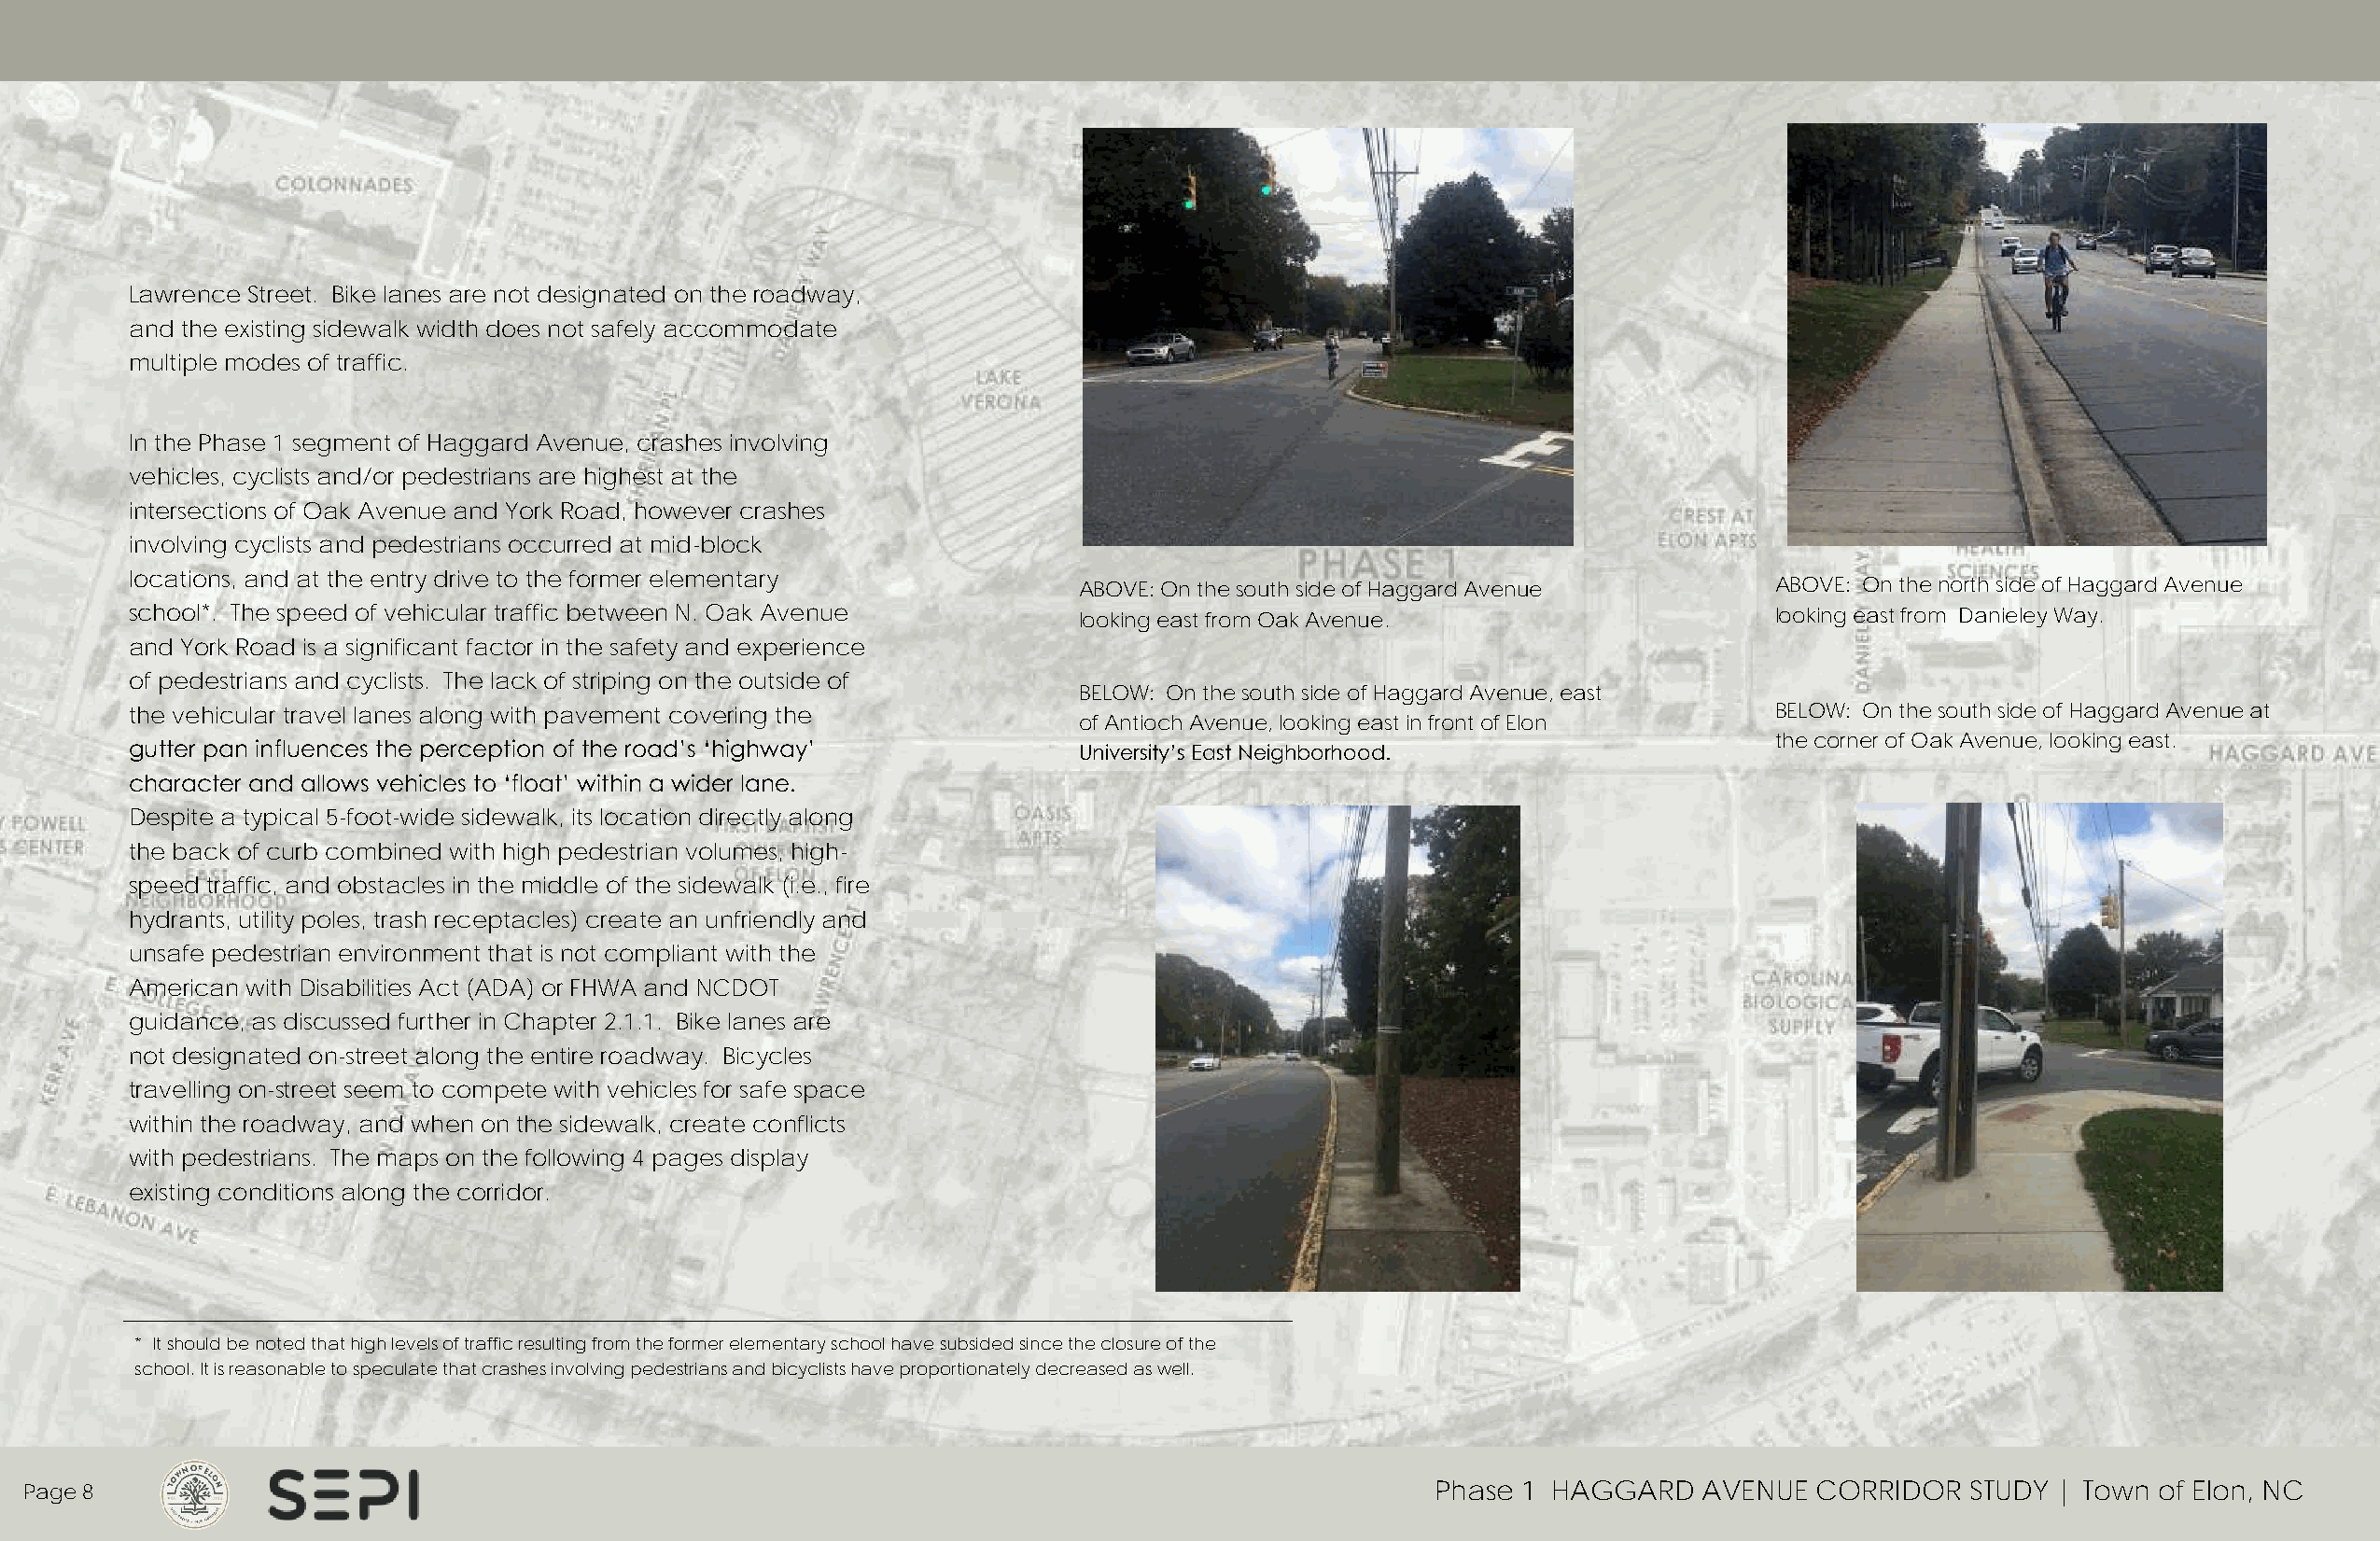
Lawrence Street. Bike lanes are not designated on the roadway,
 and the existing sidewalk width does not safely accommodate
 multiple modes of traffic.
 In the Phase 1 segment of Haggard Avenue, crashes involving
 vehicles, cyclists and/or pedestrians are highest at the
 intersections of Oak Avenue and York Road, however crashes
 involving cyclists and pedestrians occurred at mid-block
 locations, and at the entry drive to the former elementary
 ABOVE: On the south side of Haggard Avenue       ABOVE: On the north side of Haggard Avenue
 school*. The speed of vehicular traffic between N. Oak Avenue       looking east from Oak Avenue.                    looking east from Danieley Way.
 and York Road is a significant factor in the safety and experience
 of pedestrians and cyclists. The lack of striping on the outside of
 BELOW: On the south side of Haggard Avenue, east
 the vehicular travel lanes along with pavement covering the                                                          BELOW: On the south side of Haggard Avenue at
 of Antioch Avenue, looking east in front of Elon
 the corner of Oak Avenue, looking east.
 gutter pan influences the perception of the road’s ‘highway’        University’s East Neighborhood.
 character and allows vehicles to ‘float’ within a wider lane.
 Despite a typical 5-foot-wide sidewalk, its location directly along
 the back of curb combined with high pedestrian volumes, high-
 speed traffic, and obstacles in the middle of the sidewalk (i.e., fire
 hydrants, utility poles, trash receptacles) create an unfriendly and
 unsafe pedestrian environment that is not compliant with the
 American with Disabilities Act (ADA) or FHWA and NCDOT
 guidance, as discussed further in Chapter 2.1.1. Bike lanes are
 not designated on-street along the entire roadway. Bicycles
 travelling on-street seem to compete with vehicles for safe space
 within the roadway, and when on the sidewalk, create conflicts
 with pedestrians. The maps on the following 4 pages display
 existing conditions along the corridor.
 * It should be noted that high levels of traffic resulting from the former elementary school have subsided since the closure of the
 school. It is reasonable to speculate that crashes involving pedestrians and bicyclists have proportionately decreased as well.
 Page 8                                                                                              Phase 1 HAGGARD    AVENUE  CORRIDOR   STUDY | Town of Elon, NC